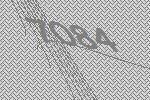
7084